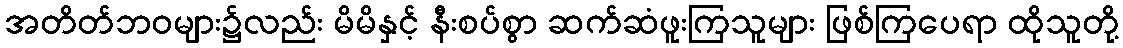
အတိတ်ဘဝများ၌လည်း မိမိနှင့် နီးစပ်စွာ ဆက်ဆံဖူးကြသူများ ဖြစ်ကြပေရာ ထိုသူတို့